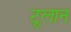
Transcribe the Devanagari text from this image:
टूलान